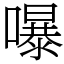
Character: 嚗